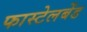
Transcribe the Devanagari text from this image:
फास्टेलबेंड